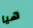
هيا